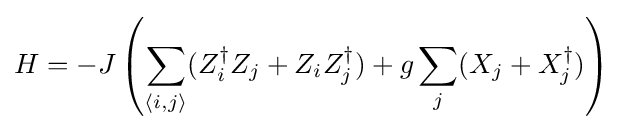
H=-J\left(\sum _{\langle i,j\rangle }(Z_{i}^{\dagger }Z_{j}+Z_{i}Z_{j}^{\dagger })+g\sum _{j}(X_{j}+X_{j}^{\dagger })\right)